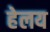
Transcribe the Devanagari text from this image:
हेलय